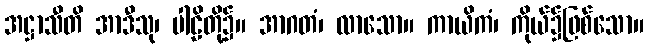
အဋ္ဌာသီတိ အာဒီသု၊ ပါဠိတို့၌။ အာဂတံ၊ လာသော။ ကာယိကံ၊ ကိုယ်၌ဖြစ်သော။